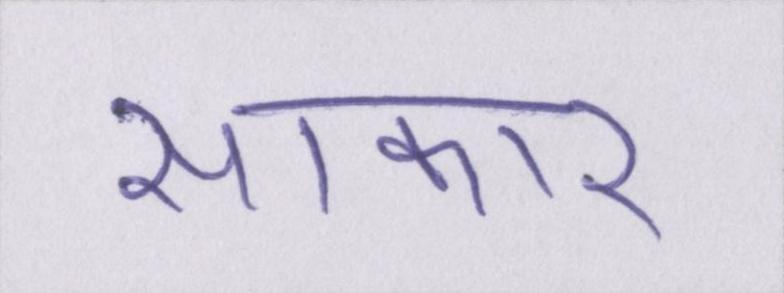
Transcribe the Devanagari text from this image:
साकार